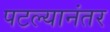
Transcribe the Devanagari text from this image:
पटल्यानंतर